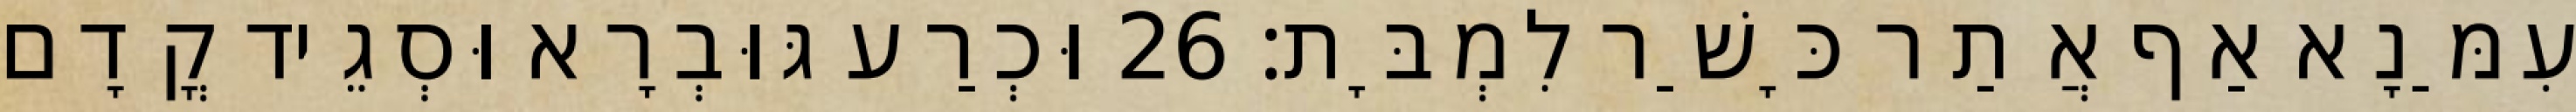
עִמַּנָא אַף אֲתַר כָּשַׁר לִמְבָּת׃ 26 וּכְרַע גּוּבְרָא וּסְגֵיד קֳדָם